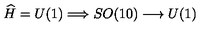
\widehat { H } = U ( 1 ) \Longrightarrow S O ( 1 0 ) \longrightarrow U ( 1 )